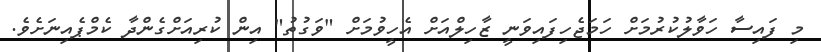
މި ފައިސާ ހަވާލުކުރުމަށް ހަމަޖެހިފައިވަނީ ޒާހިލްއަށް އެހީވުމަށް "ވަގުތު" އިން ކުރިއަށްގެންދާ ކެމްޕެއިނަށެވެ.